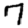
Digit: 7